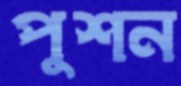
পুশন